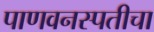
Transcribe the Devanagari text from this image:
पाणवनस्पतीचा